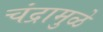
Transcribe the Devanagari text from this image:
चंद्रामुळे